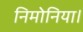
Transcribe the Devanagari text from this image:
निमोनिया।